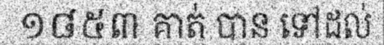
១៨៥៣ គាត់ បាន ទៅដល់